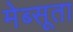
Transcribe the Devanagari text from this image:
मेब्सूता